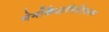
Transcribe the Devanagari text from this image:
थेर्मोकैटालिटिकल